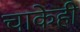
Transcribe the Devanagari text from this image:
चाकेही